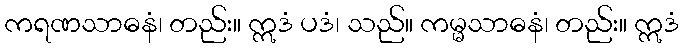
ကရဏသာဓနံ၊ တည်း။ ဣဒံ ပဒံ၊ သည်။ ကမ္မသာဓနံ၊ တည်း။ ဣဒံ